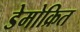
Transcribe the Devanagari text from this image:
डेमोक्रित